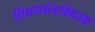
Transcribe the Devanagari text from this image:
शिक्षणक्षेत्राविषयक